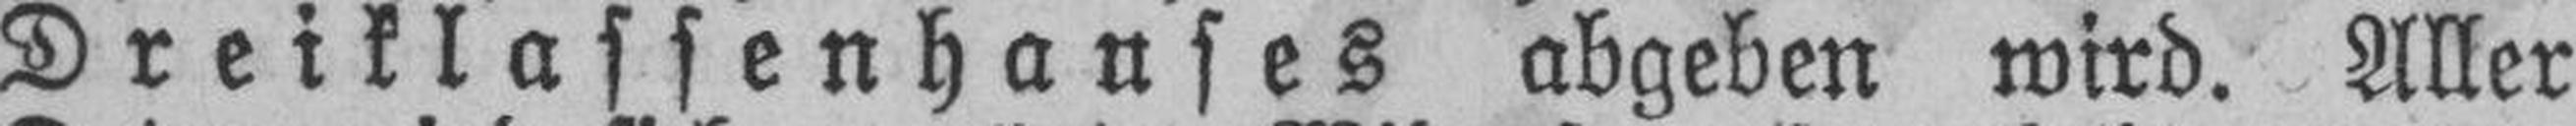
Dreiklassenhauses abgeben wird. Aller